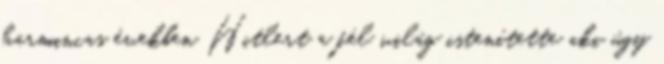
harmincas években Hitlert a fél világ istenítette aki úgy